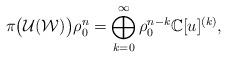
LaTeX: \begin{gather*}\pi\big(\mathcal{U}(\mathcal{W})\big)\rho_0^{n}=\bigoplus_{k=0}^{\infty}\rho_0^{n-k}\mathbb{C}[u]^{(k)},\end{gather*}